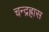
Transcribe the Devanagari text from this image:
चन्द्रह्रास